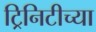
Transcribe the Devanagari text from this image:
ट्रिनिटीच्या